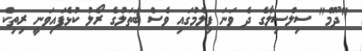
"ދޫމް" ސިލްސިލާގެ ދެ ވަނަ ފިލްމުގައި ވެސް ބަތަލުގެ ރޯލު ކުޅެފައިވަނީ ރިތިކް